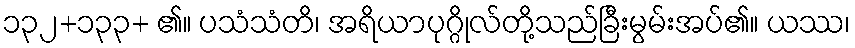
၁၃၂+၁၃၃+ ၏။ ပသံသံတိ၊ အရိယာပုဂ္ဂိုလ်တို့သည်ခြီးမွမ်းအပ်၏။ ယဿ၊